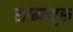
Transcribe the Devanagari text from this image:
लामायुरू